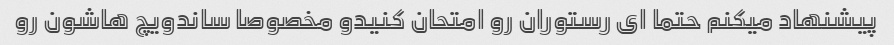
پیشنهاد میکنم حتما ای رستوران رو امتحان کنیدو مخصوصا ساندویچ هاشون رو